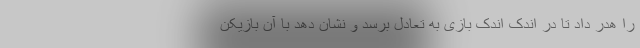
را هدر داد تا در اندک اندک بازی به تعادل برسد و نشان دهد با آن بازیکن